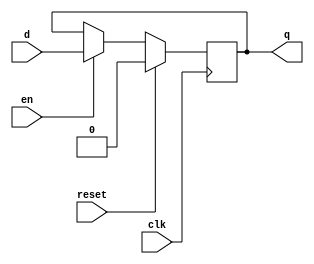
module falling_dffre #(
    parameter WIDTH = 1
  )(
    input   clk,
    input   reset,
    input   en,

    input       [WIDTH - 1 : 0]   d,
    output reg  [WIDTH - 1 : 0]   q
);

always @(negedge clk) begin
  if (reset) begin
    q <= 0;
  end else if (en) begin
    q <= d;
  end else begin
    q <= q;
  end
end

endmodule

module dffre #(
    parameter WIDTH = 1
  )(
    input   clk,
    input   reset,
    input   en,

    input       [WIDTH - 1 : 0]   d,
    output reg  [WIDTH - 1 : 0]   q
);

always @(posedge clk) begin
  if (reset) begin
    q <= 0;
  end else if (en) begin
    q <= d;
  end else begin
    q <= q;
  end
end

endmodule